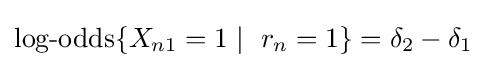
\operatorname {log-odds} \{X_{n1}=1\mid \ r_{n}=1\}=\delta _{2}-\delta _{1}